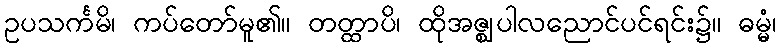
ဥပသင်္ကမိ၊ ကပ်တော်မူ၏။ တတ္ထာပိ၊ ထိုအဇ္ဈပါလညောင်ပင်ရင်း၌။ ဓမ္မံ၊